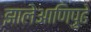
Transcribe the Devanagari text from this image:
झालेआणिपुढे